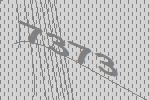
7373